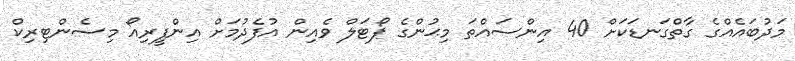
މަދުބައެއްގެ ގާތްގަނޑަކަށް 40 އިންސައްތަ މިޙުންގެ ޕޯޓަލް ވެއިން އުފެދުމަށް އިންފީރިއޯ މިސެންޓިރިކް